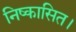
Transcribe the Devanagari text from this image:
निष्कासित।